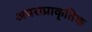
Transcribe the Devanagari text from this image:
अपराप्राकृतिक